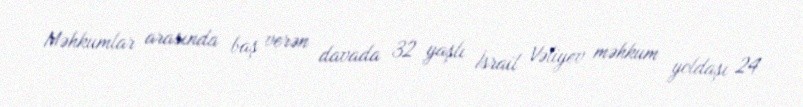
Məhkumlar arasında baş verən davada 32 yaşlı İsrail Vəliyev məhkum yoldaşı 24